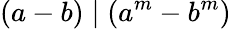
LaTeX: (a-b)\mid(a^{m}-b^{m})